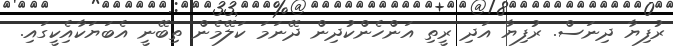
ރުފިޔާ ދިނަސް. ރުފިޔާ އަދި ރީތި އަންހެންކުދިން ދޭނަމަ ކަލޭމެން ތިބޭނީ އެބަޔަކާއިެކީގައި.